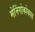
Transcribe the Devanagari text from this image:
मेनिंगोकोकाय